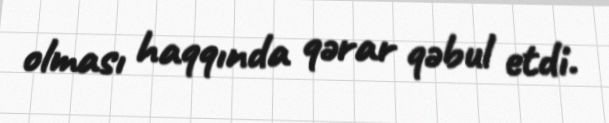
olması haqqında qərar qəbul etdi.